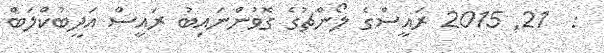
:  21